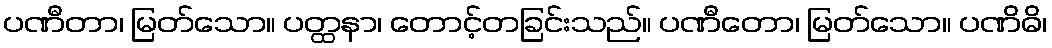
ပဏီတာ၊ မြတ်သော။ ပတ္ထနာ၊ တောင့်တခြင်းသည်။ ပဏီတော၊ မြတ်သော။ ပဏိဓိ၊